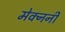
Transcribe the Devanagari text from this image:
मेक्नर्नी